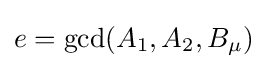
e=\gcd(A_{1},A_{2},B_{\mu })